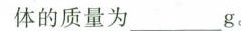
体的质量为_____g。